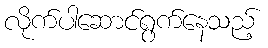
လိုက်ပါဆောင်ရွက်နေသည့်